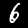
Digit: 6